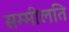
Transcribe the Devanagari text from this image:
सम्मीलति